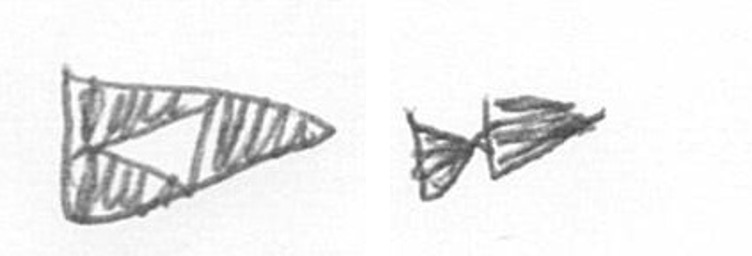
K A